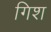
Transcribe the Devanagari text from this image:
गिश